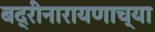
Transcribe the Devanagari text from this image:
बद्रीनारायणाच्या